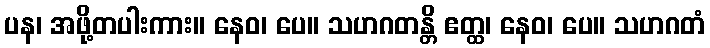
ပန၊ အဖို့တပါးကား။ နေဝ၊ ပေ။ သဟဂတန္တိ ဧတ္ထ၊ နေဝ၊ ပေ။ သဟဂတံ